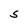
Character: S